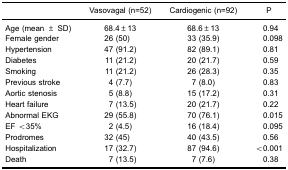
|  | Vasovagal (n=52) | Cardiogenic (n=92) | P |
 | --- | --- | --- | --- |
 | Age (mean ± SD) | 68.4±13 | 68.6±13 | 0.94 |
 | Female gender | 26 (50) | 33 (35.9) | 0.098 |
 | Hypertension | 47 (91.2) | 82 (89.1) | 0.81 |
 | Diabetes | 11 (21.2) | 20 (21.7) | 0.59 |
 | Smoking | 11 (21.2) | 26 (28.3) | 0.35 |
 | Previous stroke | 4 (7.7) | 7 (8.0) | 0.83 |
 | Aortic stenosis | 5 (8.8) | 15 (17.2) | 0.31 |
 | Heart failure | 7 (13.5) | 20 (21.7) | 0.22 |
 | Abnormal EKG | 29 (55.8) | 70 (76.1) | 0.015 |
 | EF <35% | 2 (4.5) | 16 (18.4) | 0.095 |
 | Prodromes | 32 (45) | 40 (43.5) | 0.56 |
 | Hospitalization | 17 (32.7) | 87 (94.6) | <0.001 |
 | Death | 7 (13.5) | 7 (7.6) | 0.38 |